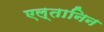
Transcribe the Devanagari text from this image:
एल्तानिन